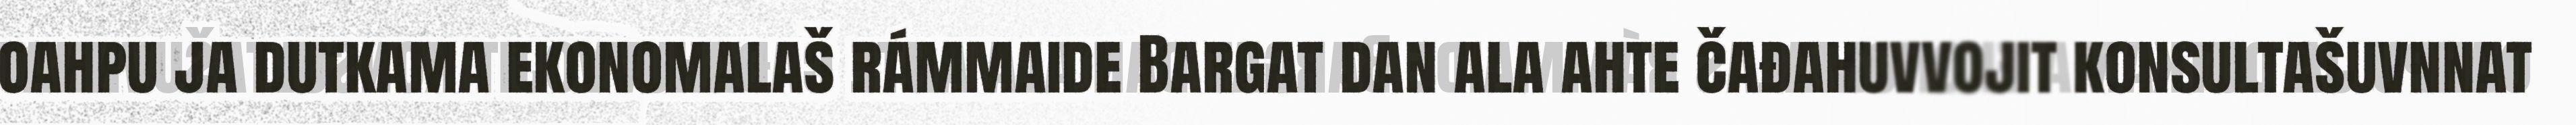
oahpu ja dutkama ekonomalaš rámmaide Bargat dan ala ahte čađahuvvojit konsultašuvnnat